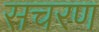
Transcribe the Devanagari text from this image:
सचरण